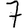
Digit: 7